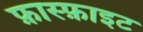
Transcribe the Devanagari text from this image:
फ़ास्फ़ाइट